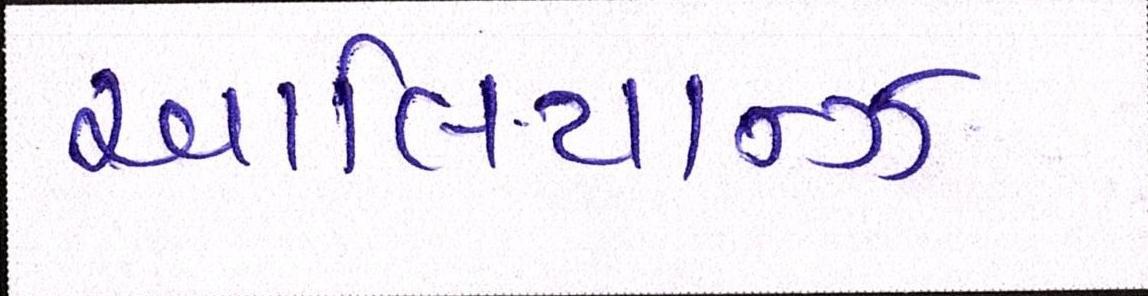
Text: આલિયાન્ઝ